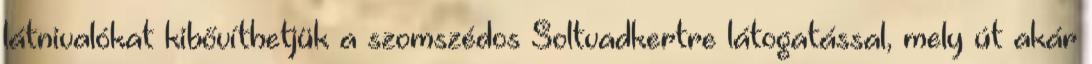
látnivalókat kibővíthetjük a szomszédos Soltvadkertre látogatással, mely út akár